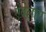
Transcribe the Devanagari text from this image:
ऐबेलाए